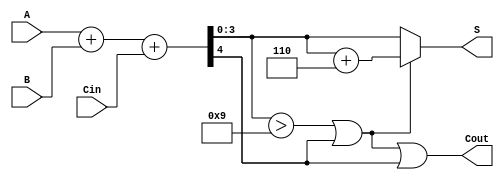
module BCD_Conditional_Adder (
    input  [3:0] A,      // First BCD digit
    input  [3:0] B,      // Second BCD digit
    input        Cin,     // Carry input
    output [3:0] S,      // BCD sum output
    output       Cout     // Carry output
);

    wire [4:0] Sum;      // Intermediate 5-bit sum
    wire       Adj;       // Adjustment signal

    // Calculate the intermediate sum
    assign Sum = A + B + Cin;

    // Determine if adjustment is needed
    assign Adj = (Sum[3:0] > 9) || Sum[4];

    // Calculate the BCD output and carry out
    assign S = Adj ? (Sum[3:0] + 4'b0110) : Sum[3:0];
    assign Cout = Adj || Sum[4];

endmodule